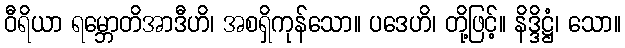
ဝီရိယာ ရမ္ဘောတိအာဒီဟိ၊ အစရှိကုန်သော။ ပဒေဟိ၊ တို့ဖြင့်။ နိဒ္ဒိဋ္ဌံ၊ သော။